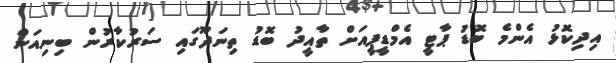
އިދިކޮޅު އެންމެ ބޮޑު ޕާޓީ އެމްޑީޕީއަށް ތާއީދު ބޮޑު ތިނަދޫގައި ސަރުކާރުން ބިނިއަން